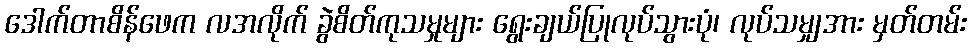
ဒေါက်တာစိန်ဖေက လအလိုက် ခွဲစိတ်ကုသမှုများ ရွေးချယ်ပြုလုပ်သွားပုံ၊ လုပ်သမျှအား မှတ်တမ်း